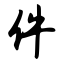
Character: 件